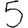
Digit: 5